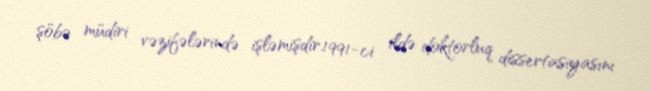
şöbə müdiri vəzifələrində işləmişdir.1991-ci ildə doktorluq dissertasiyasını